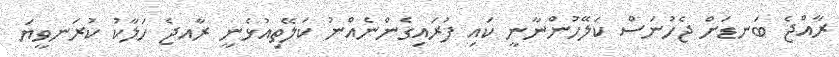
ރާއްޖެ ބަނޑަށް ޖެހުނަސް ކަލޭހުންނާނީ ކައި ފުރައިގެންނެއްނު ކަލޭތިއުޅެނީ ރާއޖެ ހަލާކު ކުރަނވީޔަ